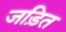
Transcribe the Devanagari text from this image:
जड़ित